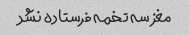
مغز سه تخمه فرستاده نشد